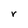
Character: r